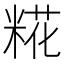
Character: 糀